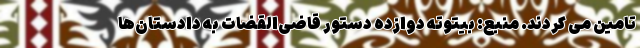
تامین می کردند. منبع: بیتوته دوازده دستور قاضی‌القضات به دادستان‌ها